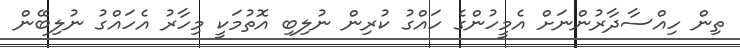
ތިން ހިއްސާދާރުންނަށް އެމީހުންގެ ހައްގު ކުރިން ނުލިބި އޮތުމަކީ މިހާރު އެހައްގު ނުލިބޭން